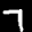
Label: 7